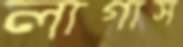
লাগাস